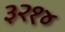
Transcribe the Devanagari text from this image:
३२१४